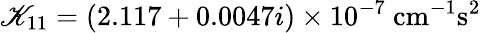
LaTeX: \mathscr{K}_{11}=(2.117+0.0047i)\times10^{-7}~\mathrm{{cm^{-1}s^{2}}}